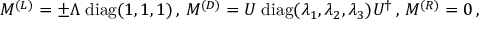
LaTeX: M ^ { ( L ) } = \pm \Lambda \; \mathrm { d i a g } ( 1 , 1 , 1 ) \, , \, M ^ { ( D ) } = U \; \mathrm { d i a g } ( \lambda _ { 1 } , \lambda _ { 2 } , \lambda _ { 3 } ) U ^ { \dagger } \, , \, M ^ { ( R ) } = 0 \, ,